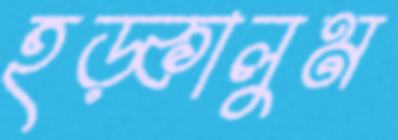
হড়্‌কালুম